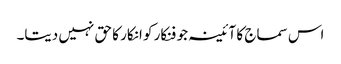
اس سماج کا آئینہ جو فنکار کو انکار کا حق نہیں دیتا۔